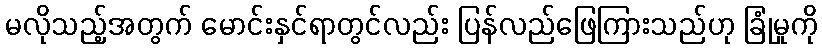
မလိုသည့်အတွက် မောင်းနှင်ရာတွင်လည်း ပြန်လည်ဖြေကြားသည်ဟု ခြုံမှုကို